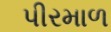
પીરમાળ